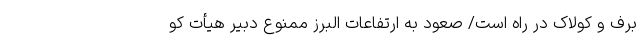
برف و کولاک در راه است/ صعود به ارتفاعات البرز ممنوع دبیر هیأت کو